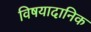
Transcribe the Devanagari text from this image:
विषयादानिक